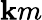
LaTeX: \mathbf{k}m